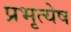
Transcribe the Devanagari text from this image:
प्रभृत्येष